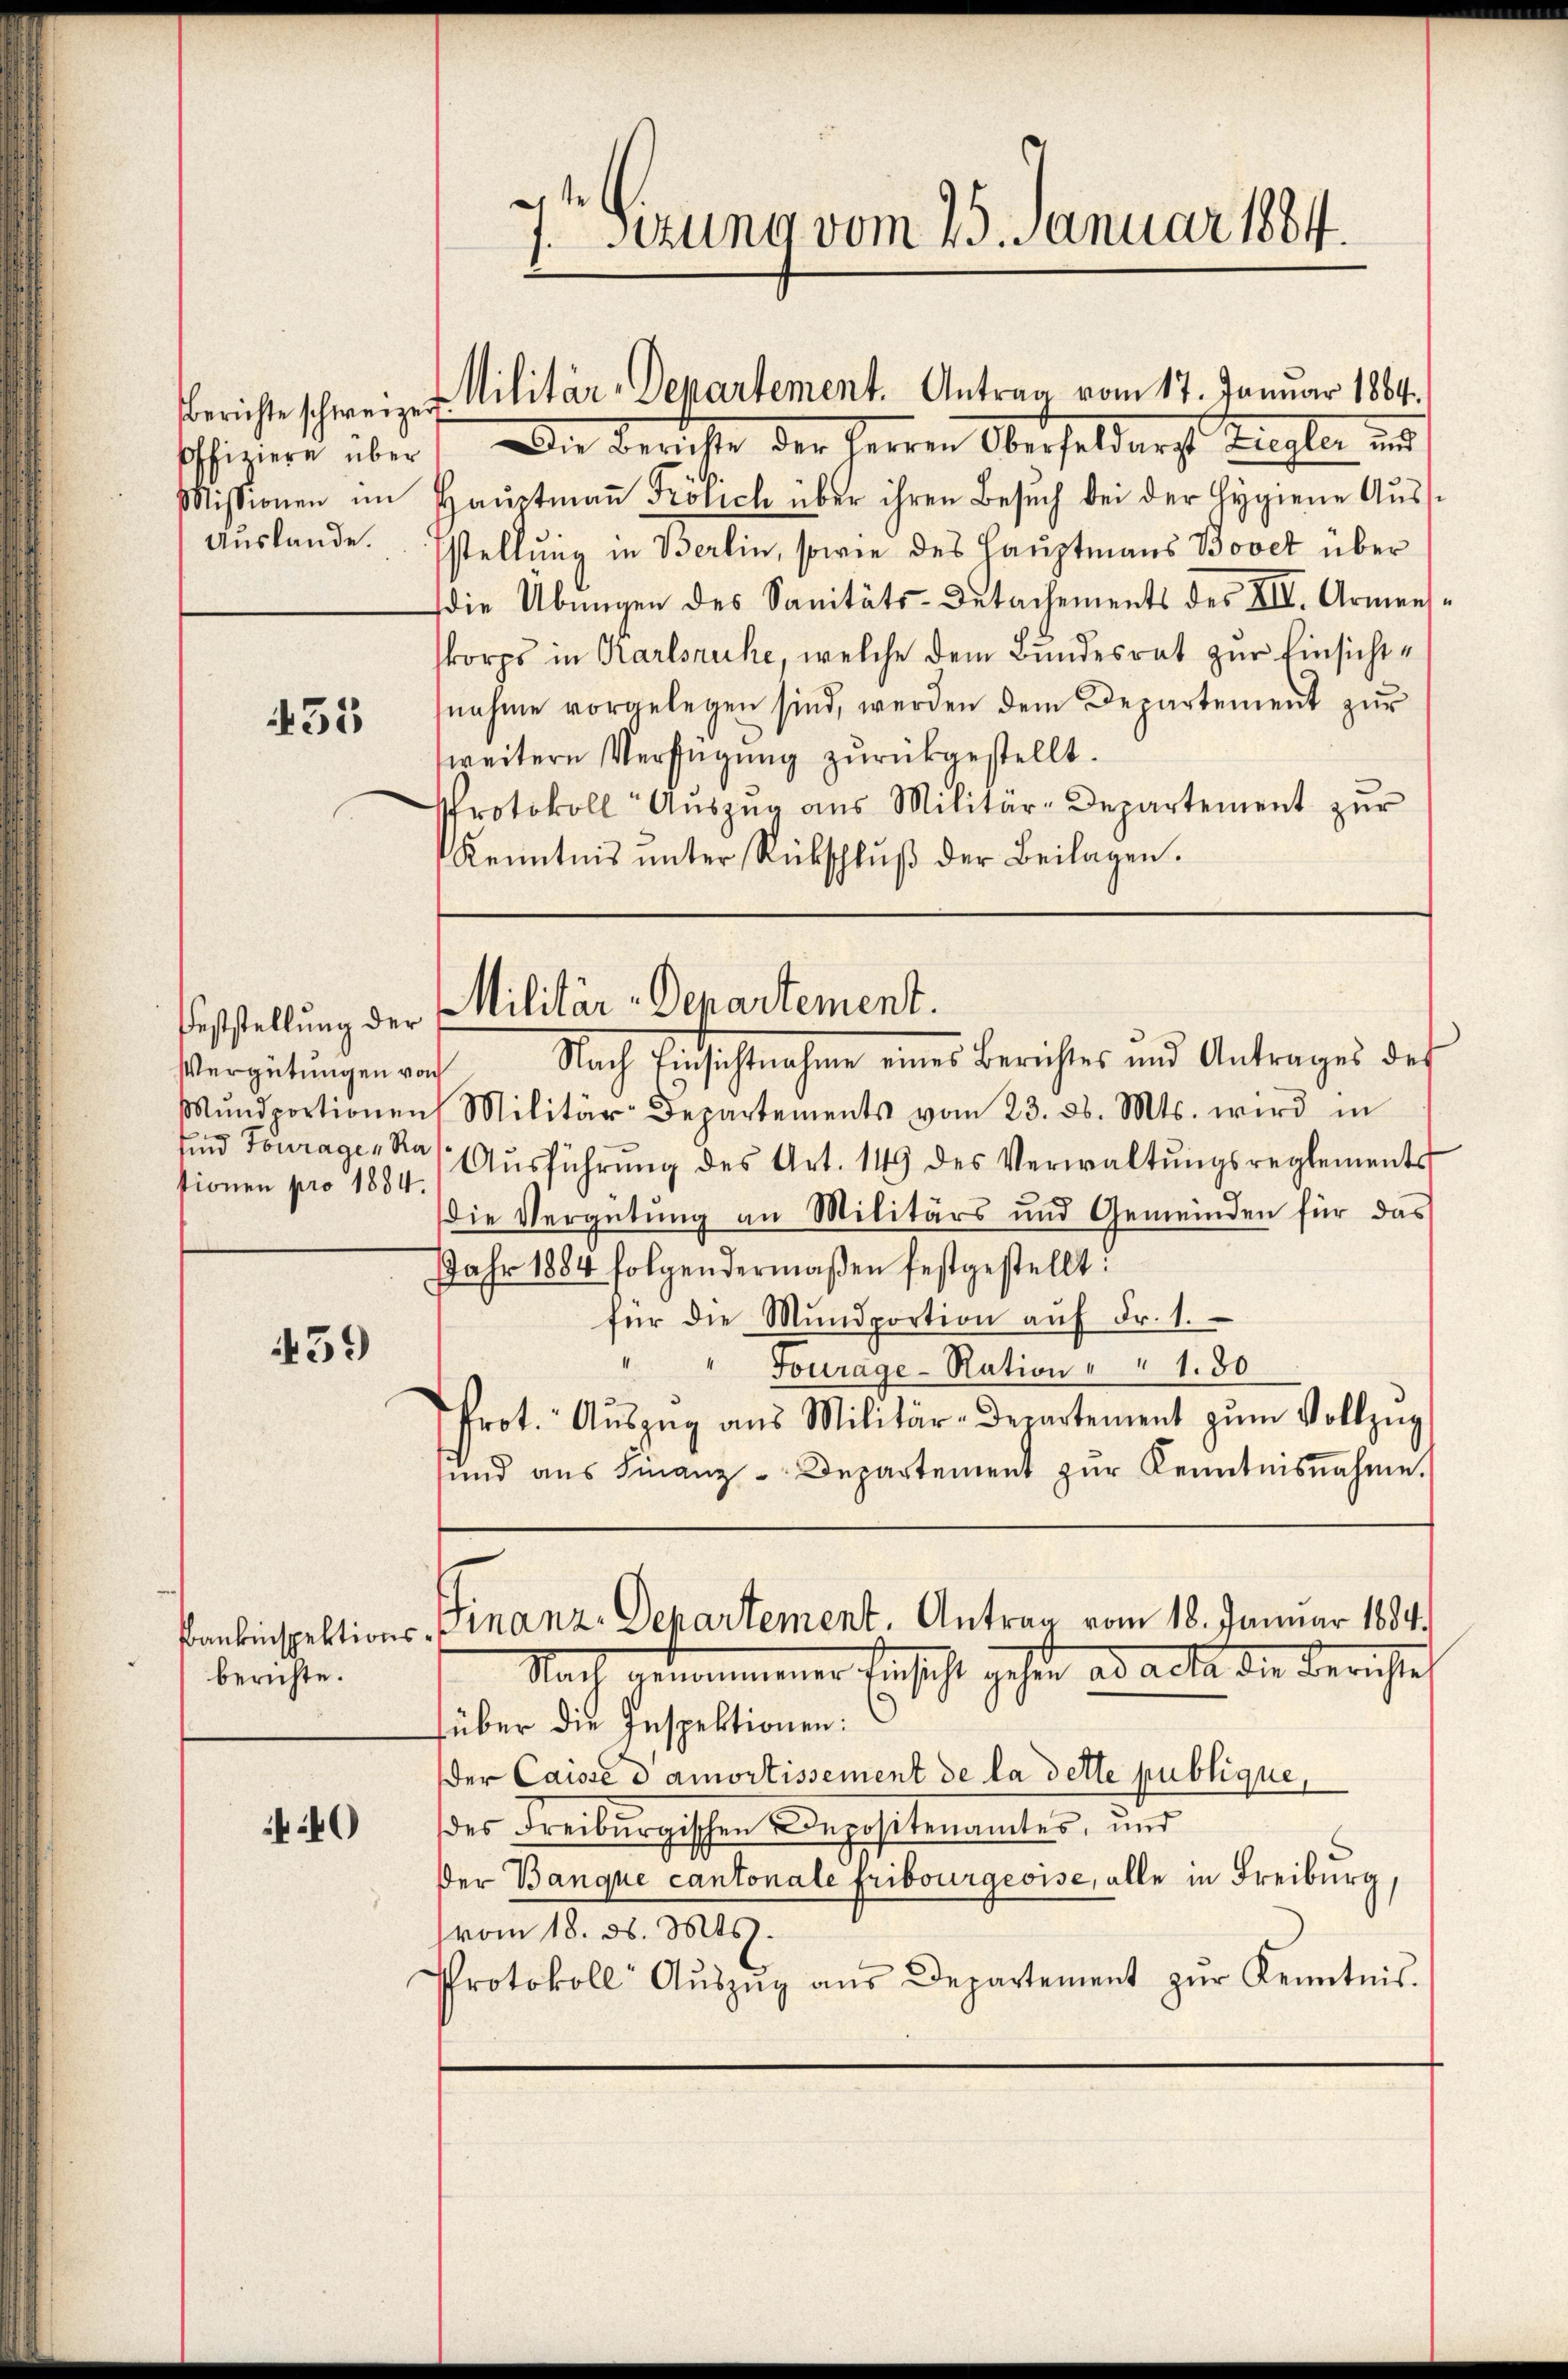
455

Feststellung der
Vergütungen von
tionen pro 1884.

459

berichte.

40

soffiziere über. Die Berichte der Herren Oberseldarst Ziegler und
de
Missionen im Haŭptmaṅ Frölich über ihren Besŭch bei der Hygiene Aŭss
Auslande. Estellung in Berlin, sowie des Hauptmanns Bovet über
die Übungen des Sanitäts-Detachements des XII. Armens
korps in Karlsruhe, welche dem Bundesrat zur Einsichtnahme vorgelegen sind, werden dem Departement zur
weitere Verfügung zurückgestellt.
Protokoll Aŭszŭg aŭs Militär-Departement zŭr
Kenntnis ŭnter Rückschlŭβ der Beilagen.

2
7.sezung vom 25. Januar 1884.

berichte schweizer Militär-Departement. Antrag vom 17. Januar 1864.

Militär-Departement.

Bankinspektions-Finanz-Departement. Antrag vom 18. Januar 1884.
Nach genommener Einsicht gehen ad acta die Berichtes

Nach Einsichtnahme eines Berichtes und Antrages des
Mŭndportionen Militär-Departements vom 23. d. Mts. wird in
und Fouragen Ras Aŭsführung des Art. 149 des Verwaltŭngsreglements
die Vergütung an Militärs und Gemeinden für das
JJahr 1884 folgendermaßen festgestellt:
für die Mundportion aŭf Fr. 1.
Fourage - Ration " " 1.80
Prot. Aŭszŭg aŭs Militär-Departement zŭm Vollzug
sind ans Finanz-Departement zŭr Kenntnisnahme.

füber die Inspektionen:
der Caisse d amortissement de la dette publique,
des Freiburgischen Depositenamtes, und
der Banque cantonale Fribourgeoise, alle in Freiburg,
(vom 18. d. Mts.
Protokoll Aŭszŭg aŭs Departement zŭr Kenntnis.